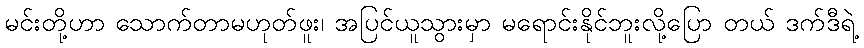
မင်းတို့ဟာ သောက်တာမဟုတ်ဖူး၊ အပြင်ယူသွားမှာ မရောင်းနိုင်ဘူးလို့ပြော တယ် ဒက်ဒီရဲ့